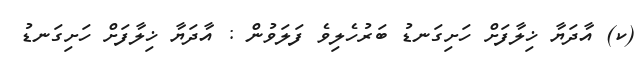
(ކ) އާދަޔާ ޚިލާފަށް ހަށިގަނޑު ބަރުހެލިވެ ފަލަވުން : އާދަޔާ ޚިލާފަށް ހަށިގަނޑު